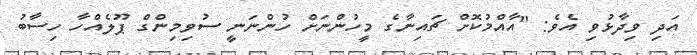
އަދި ވިދާޅުވި އެވެ: "އާއްމުކޮށް ޗައިނާގެ މީހުންނަށް ހުންނަނީ ސުވިމިންގް ޕޫލެއްހާ ހިސާބު